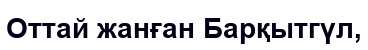
Оттай жанған Барқытгүл,